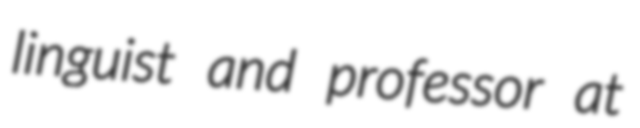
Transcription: linguist and professor at